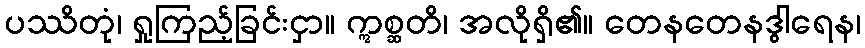
ပဿိတုံ၊ ရှုကြည့်ခြင်းငှာ။ ဣစ္ဆတိ၊ အလိုရှိ၏။ တေနတေနဒွါရေန၊